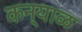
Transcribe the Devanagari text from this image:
कन्याळ